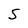
Character: S